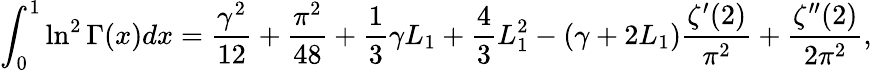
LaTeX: \int_{0}^{1}\ln^{2}\Gamma(x)dx={\frac{\gamma^{2}}{12}}+{\frac{\pi^{2}}{48}}+{\frac{1}{3}}\gamma L_{1}+{\frac{4}{3}}L_{1}^{2}-\left(\gamma+2L_{1}\right){\frac{\zeta^{\prime}(2)}{\pi^{2}}}+{\frac{\zeta^{\prime\prime}(2)}{2\pi^{2}}},